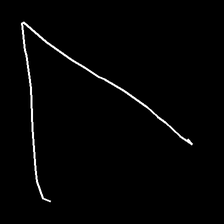
Glyph: region